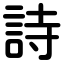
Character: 詩